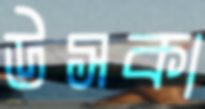
উসকা